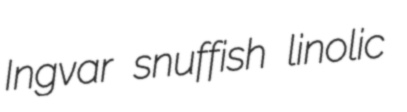
Ingvar snuffish linolic